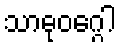
သာဓုဝဂ္ဂေါ